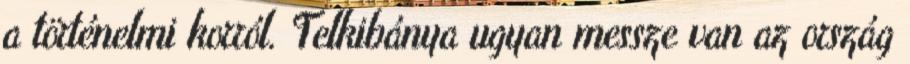
a történelmi korról. Telkibánya ugyan messze van az ország